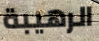
الرهيبة